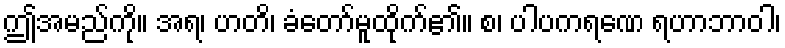
ဤအမည်ကို။ အရ၊ ဟတိ၊ ခံတော်မူထိုက်၏။ စ၊ ပါပကရဏေ ရဟာဘာဝါ၊